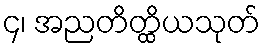
၄၊ အညတိတ္ထိယသုတ်